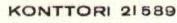
KONTTORI 21 589